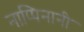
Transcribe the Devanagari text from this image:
नाप्पिनानी